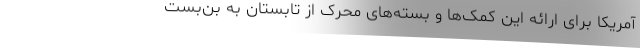
آمریکا برای ارائه این کمک‌ها و بسته‌های محرک از تابستان به بن‌بست